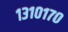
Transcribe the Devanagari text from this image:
१३१०१७०